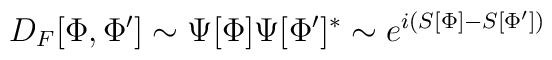
D_F[\Phi ,\Phi ^{\prime}]\sim \Psi [\Phi ]\Psi [\Phi^{\prime}]^*\sim e^{i(S[\Phi ]-S[\Phi ^{\prime}])}